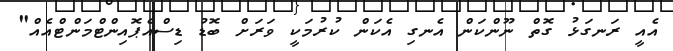
އެއީ ރަނގަޅު ގޮތް ނޫންކަން އެނގި އެކަން ކުރުމަކީ ވަރަށް ބޮޑު ޑިސްއެޕޮއިންޓްމަންޓްއެއް"